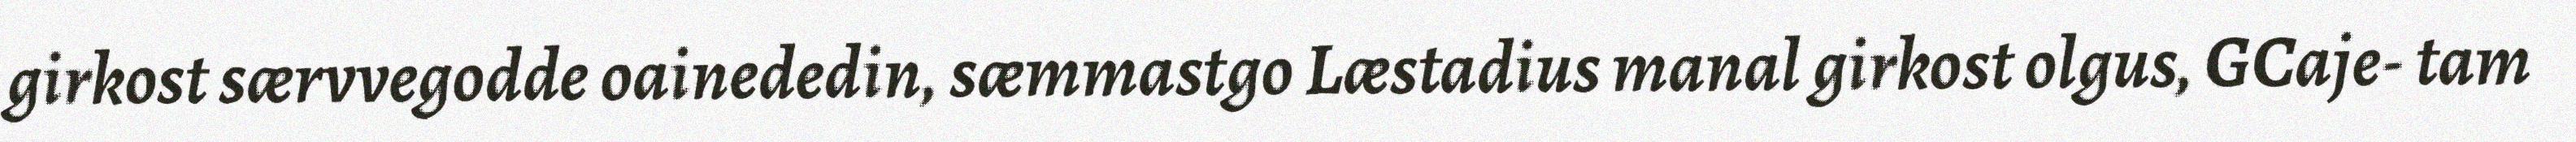
girkost særvvegodde oainededin, sæmmastgo Læstadius manal girkost olgus, GCaje- tam